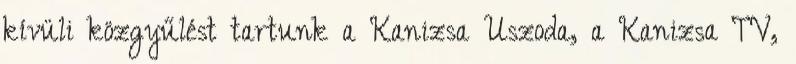
kívüli közgyűlést tartunk a Kanizsa Uszoda, a Kanizsa TV,